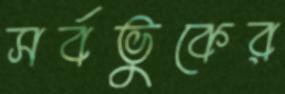
সর্বভুকের